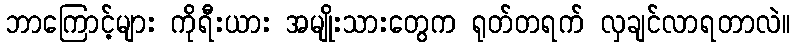
ဘာကြောင့်များ ကိုရီးယား အမျိုးသားတွေက ရုတ်တရက် လှချင်လာရတာလဲ။